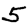
Digit: 5